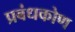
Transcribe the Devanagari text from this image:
प्रबंधकोण